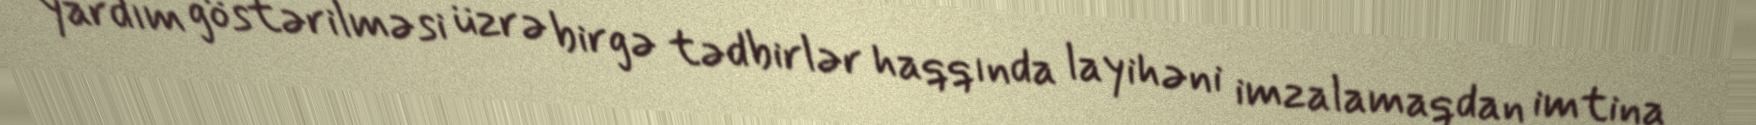
yardım göstərilməsi üzrə birgə tədbirlər haqqında layihəni imzalamaqdan imtina